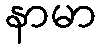
နာမာ